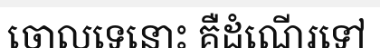
ចោលទេនោះ គឺដំណើរទៅ